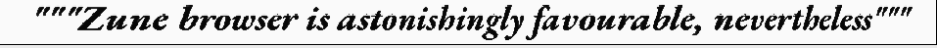
"""Zune browser is astonishingly favourable, nevertheless"""